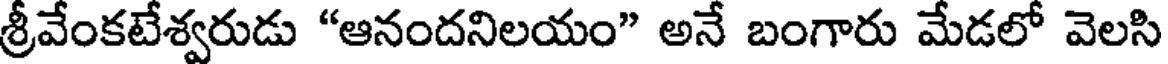
శ్రీవేంకటేశ్వరుడు "ఆనందనిలయం" అనే బంగారు మేడలో వెలసి